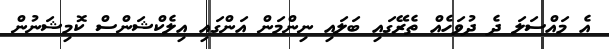
އެ މައްސަލަ ދެ ދުވަހެއް ތެރޭގައި ބަލައި ނިންމަން އަންގައި އިލެކްޝަންސް ކޮމިޝަނުން